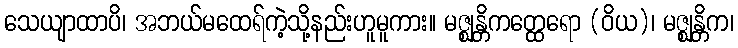
သေယျာထာပိ၊ အဘယ်မထေရ်ကဲ့သို့နည်းဟူမူကား။ မဇ္ဈန္တိကတ္ထေရော (ဝိယ)၊ မဇ္ဈန္တိက၊